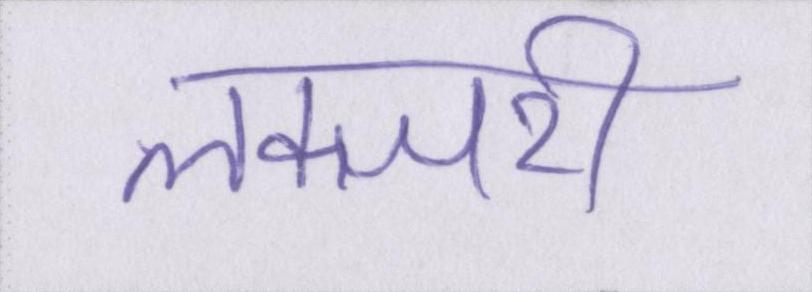
लक्जरी